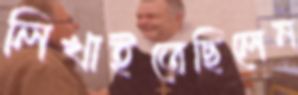
লিখাইতেছিলেন